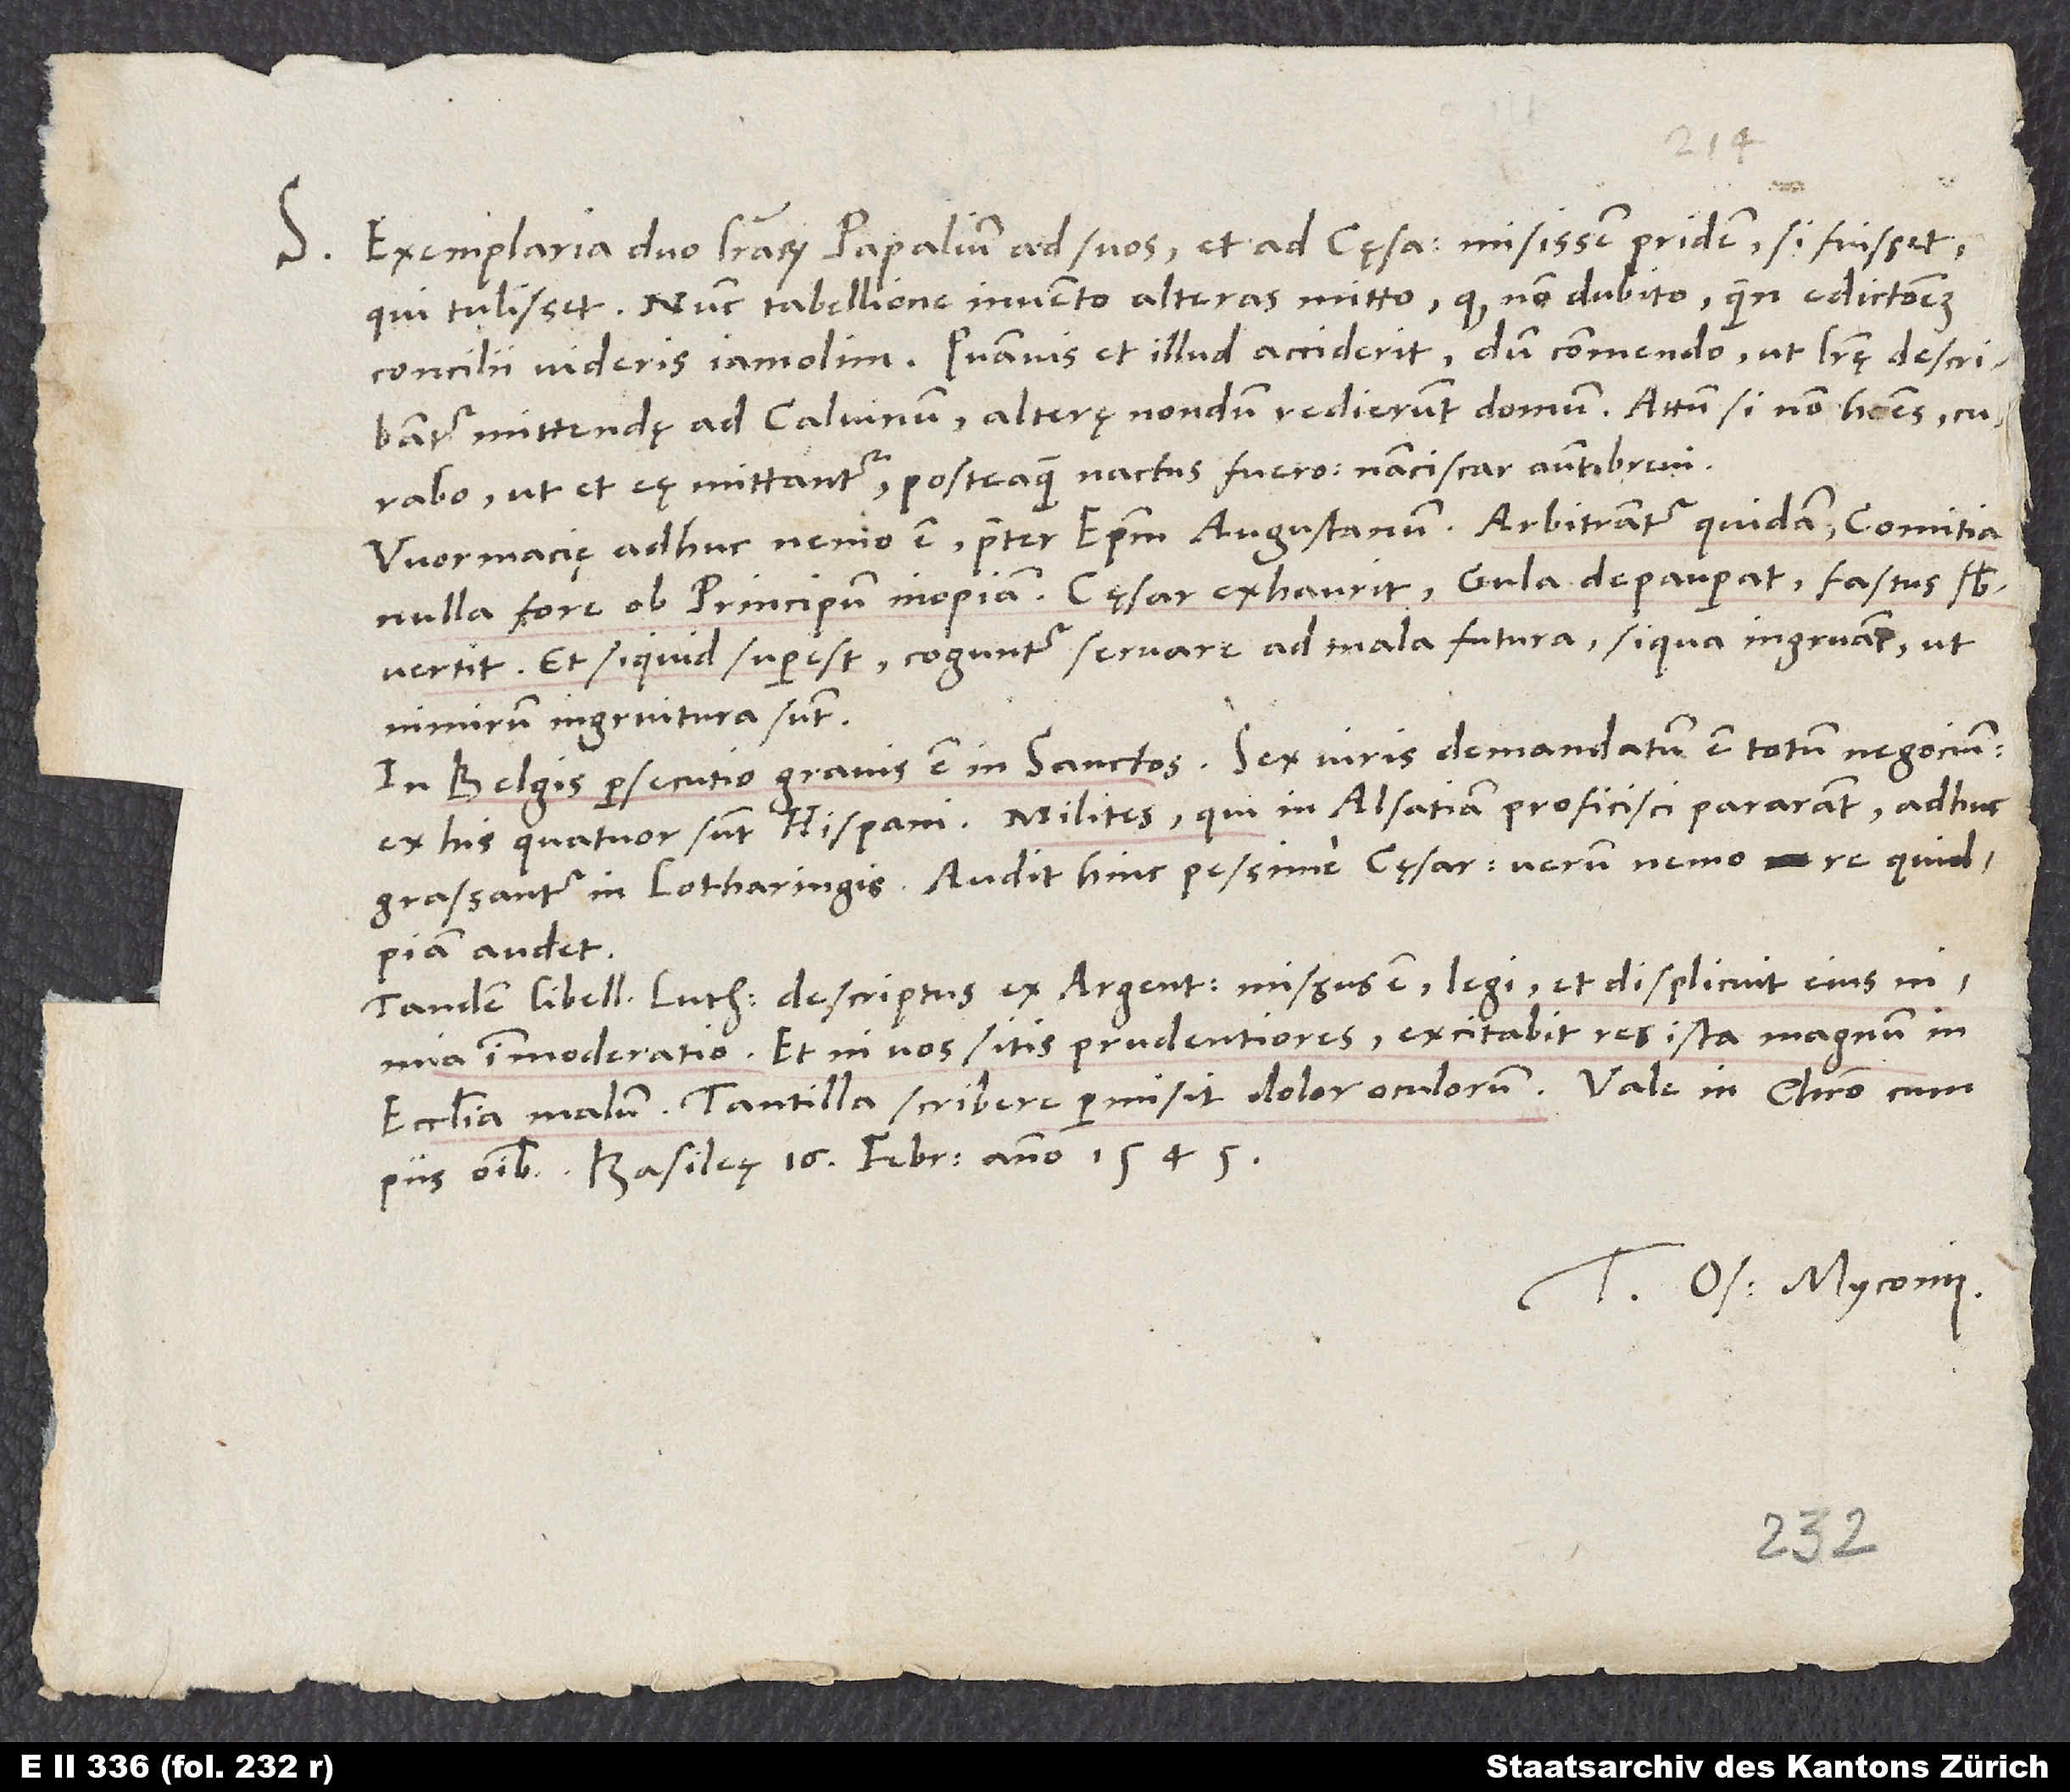
S. Exemplaria duo literarum papalium ad suos et ad cęsarem misissem pridem, si fuisset,
qui tulisset. Nunc tabellione invento alteras mitto, quod non dubito, quin edictionem
concilii videris iam olim. Quamvis et illud acciderit: dum commendo, ut literę describantur
mittendę ad Calvinum, alterę nondum redierunt domum. Attamen, si non habes, curabo,
ut et eę mittantur, posteaquam nactus fuero; nanciscar autem brevi.
Wormacię adhuc nemo est praeter episcopum Augustanum. Arbitrantur quidam comitia
nulla fore ob principum inopiam. Cęsar exhaurit, gula depauperat, fastus
subvertit, et si quid superest, coguntur servare ad mala futura, si qua ingruant, ut
nimirum ingruitura sunt.
In Belgis persecutio gravis est in sanctos. Sex viris demandatum est totum negocium;
ex his quatuor sunt Hispani. Milites, qui in Alsatiam proficisci pararant, adhuc
grassantur in Lotharingis. Audit hinc pessime cęsar; verum nemo re quidpiam
audet.
Tandem libellus Lutheri descriptus ex Argentina missus est; legi, et displicuit eius
nimia immoderatio. Et ni vos sitis prudentiores, excitabit res ista magnum in
piis omnibus. Basileę, 16. februarii anno 1545.
Tuus Os. Myconius.